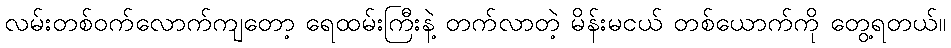
လမ်းတစ်ဝက်လောက်ကျတော့ ရေထမ်းကြီးနဲ့ တက်လာတဲ့ မိန်းမငယ် တစ်ယောက်ကို တွေ့ရတယ်။